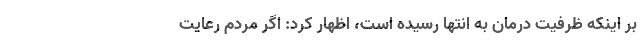
بر اینکه ظرفیت درمان به انتها رسیده است، اظهار کرد: اگر مردم رعایت